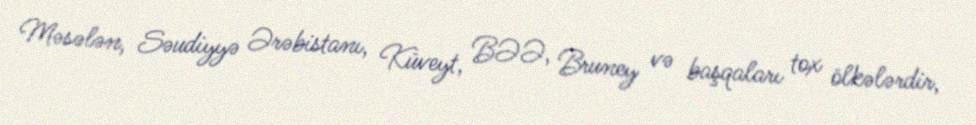
Məsələn, Səudiyyə Ərəbistanı, Küveyt, BƏƏ, Bruney və başqaları tox ölkələrdir,